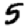
Digit: 5